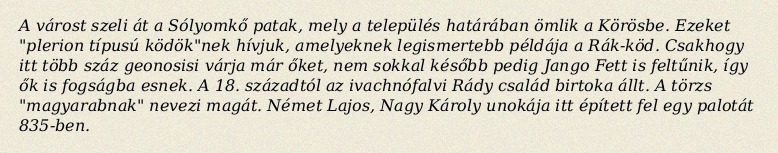
A várost szeli át a Sólyomkő patak, mely a település határában ömlik a Körösbe. Ezeket "plerion típusú ködök"nek hívjuk, amelyeknek legismertebb példája a Rák-köd. Csakhogy itt több száz geonosisi várja már őket, nem sokkal később pedig Jango Fett is feltűnik, így ők is fogságba esnek. A 18. századtól az ivachnófalvi Rády család birtoka állt. A törzs "magyarabnak" nevezi magát. Német Lajos, Nagy Károly unokája itt épített fel egy palotát 835-ben.